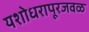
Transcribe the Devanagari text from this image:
यशोधरापूरजवळ